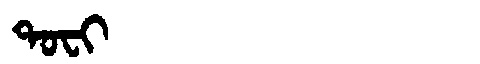
Manchu: ᡨᠣᠸᡳ
Romanization: TOFI